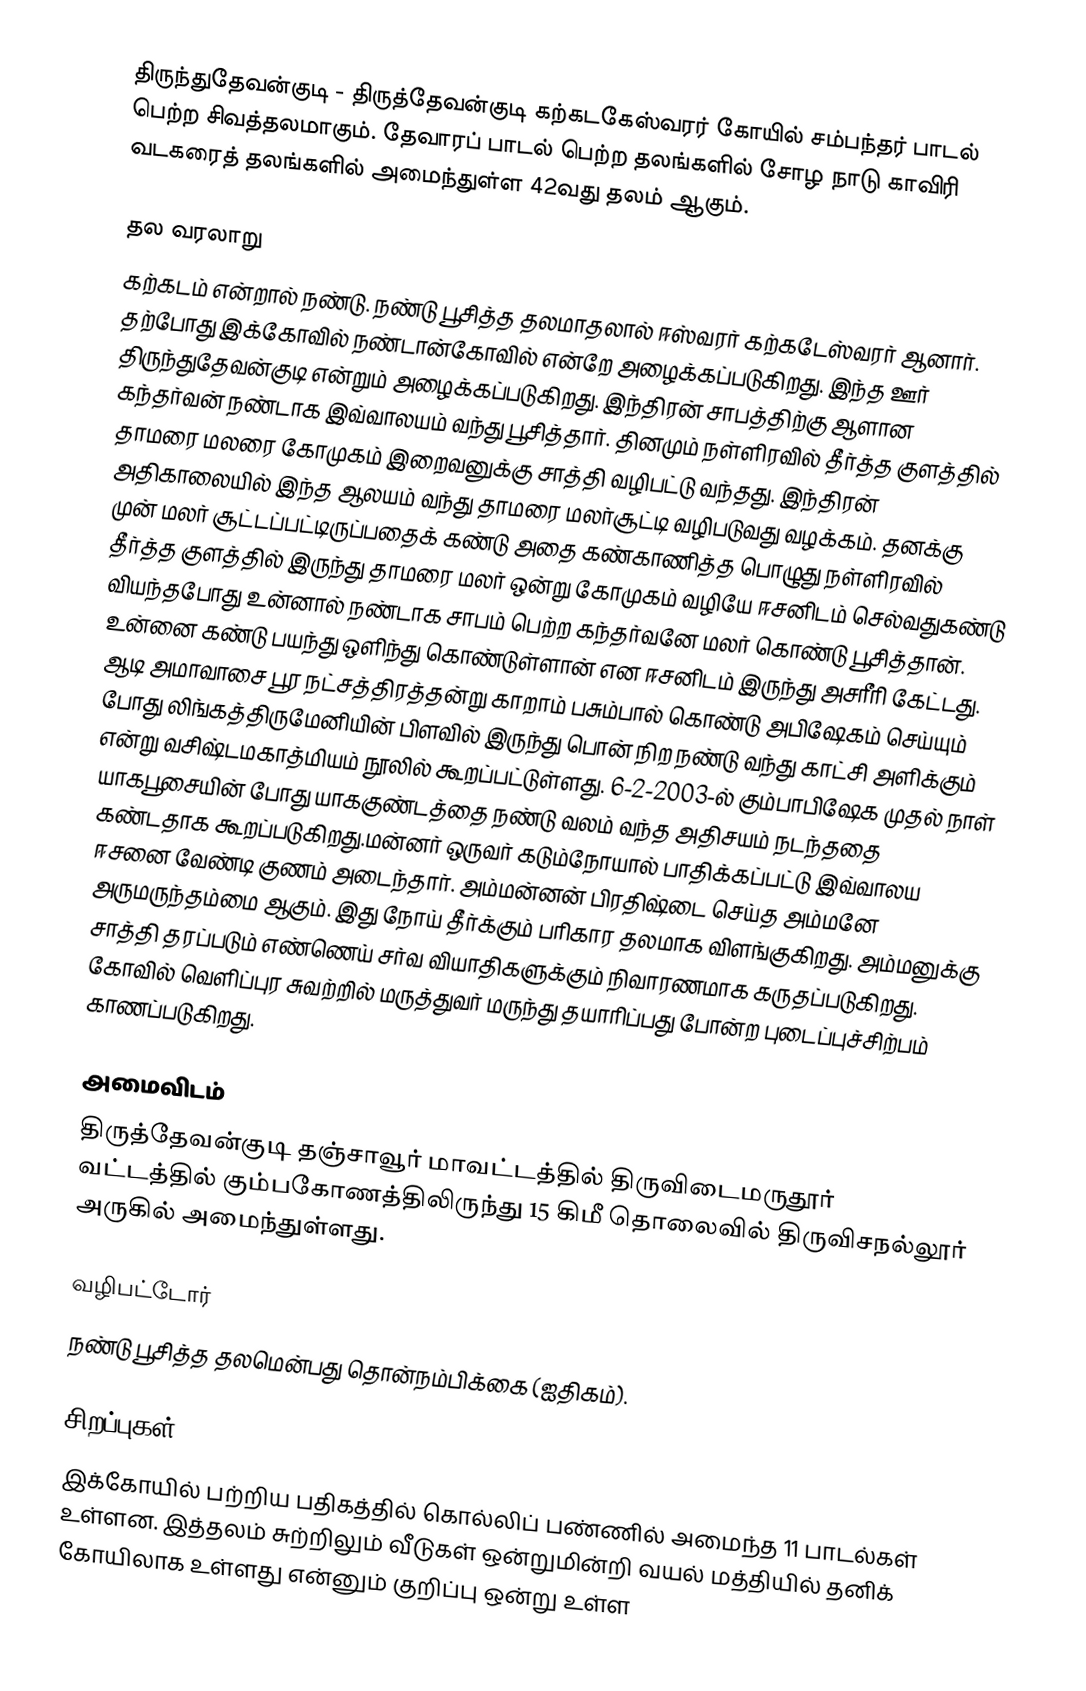
திருந்துதேவன்குடி - திருத்தேவன்குடி கற்கடகேஸ்வரர் கோயில் சம்பந்தர் பாடல் பெற்ற சிவத்தலமாகும். தேவாரப் பாடல் பெற்ற தலங்களில் சோழ நாடு காவிரி வடகரைத் தலங்களில் அமைந்துள்ள 42வது தலம் ஆகும்.

தல வரலாறு
கற்கடம் என்றால் நண்டு. நண்டு பூசித்த தலமாதலால் ஈஸ்வரர் கற்கடேஸ்வரர் ஆனார்.  தற்பாேது இக்கோவில் நண்டான்கோவில் என்றே அழைக்கப்படுகிறது. இந்த ஊர் திருந்துதேவன்குடி என்றும் அழைக்கப்படுகிறது. இந்திரன் சாபத்திற்கு ஆளான கந்தர்வன் நண்டாக இவ்வாலயம் வந்து பூசித்தார். தினமும் நள்ளிரவில் தீர்த்த குளத்தில் தாமரை மலரை கோமுகம் இறைவனுக்கு சாத்தி வழிபட்டு வந்தது. இந்திரன் அதிகாலையில் இந்த ஆலயம் வந்து தாமரை மலர்சூட்டி வழிபடுவது வழக்கம். தனக்கு முன் மலர் சூட்டப்பட்டிருப்பதைக் கண்டு அதை கண்காணித்த பொழுது நள்ளிரவில் தீர்த்த குளத்தில் இருந்து தாமரை மலர் ஒன்று கோமுகம் வழியே ஈசனிடம் செல்வதுகண்டு வியந்தபோது உன்னால் நண்டாக சாபம் பெற்ற கந்தர்வனே மலர் கொண்டு பூசித்தான். உன்னை கண்டு பயந்து ஒளிந்து கொண்டுள்ளான் என ஈசனிடம் இருந்து அசரீரி கேட்டது. ஆடி அமாவாசை பூர நட்சத்திரத்தன்று காறாம் பசும்பால் கொண்டு அபிஷேகம் செய்யும் போது லிங்கத்திருமேனியின் பிளவில் இருந்து பொன் நிற நண்டு வந்து காட்சி அளிக்கும் என்று வசிஷ்டமகாத்மியம் நூலில் கூறப்பட்டுள்ளது. 6-2-2003-ல் கும்பாபிஷேக முதல் நாள் யாகபூசையின் போது யாககுண்டத்தை  நண்டு வலம் வந்த அதிசயம் நடந்ததை கண்டதாக கூறப்படுகிறது.மன்னர் ஒருவர் கடும்நோயால் பாதிக்கப்பட்டு இவ்வாலய ஈசனை வேண்டி குணம் அடைந்தார். அம்மன்னன் பிரதிஷ்டை செய்த அம்மனே அருமருந்தம்மை ஆகும். இது நோய் தீர்க்கும் பரிகார தலமாக  விளங்குகிறது. அம்மனுக்கு சாத்தி தரப்படும் எண்ணெய் சர்வ வியாதிகளுக்கும் நிவாரணமாக கருதப்படுகிறது. கோவில் வெளிப்புர சுவற்றில் மருத்துவர் மருந்து தயாரிப்பது போன்ற புடைப்புச்சிற்பம் காணப்படுகிறது.

அமைவிடம்
திருத்தேவன்குடி தஞ்சாவூர் மாவட்டத்தில்  திருவிடைமருதூர் வட்டத்தில் கும்பகோணத்திலிருந்து 15 கிமீ தொலைவில் திருவிசநல்லூர் அருகில் அமைந்துள்ளது.

வழிபட்டோர்
நண்டு பூசித்த தலமென்பது தொன்நம்பிக்கை (ஐதிகம்).

சிறப்புகள்
இக்கோயில் பற்றிய பதிகத்தில் கொல்லிப் பண்ணில் அமைந்த 11 பாடல்கள் உள்ளன. இத்தலம் சுற்றிலும் வீடுகள் ஒன்றுமின்றி வயல் மத்தியில் தனிக் கோயிலாக உள்ளது என்னும் குறிப்பு ஒன்று உள்ள